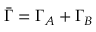
\bar { \Gamma } = \Gamma _ { A } + \Gamma _ { B }